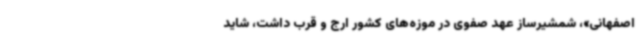
اصفهانی»، شمشیرساز عهد صفوی در موزه‌های کشور ارج و قرب داشت، شاید